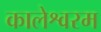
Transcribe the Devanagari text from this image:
कालेश्वरम